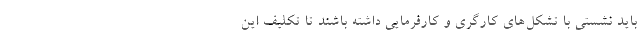
باید نشستی با تشکل‌های کارگری و کارفرمایی داشته باشند تا تکلیفِ این